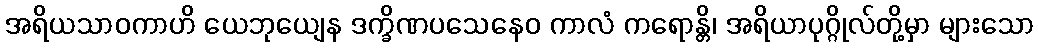
အရိယသာဝကာဟိ ယေဘုယျေန ဒက္ခိဏပသေနေဝ ကာလံ ကရောန္တိ၊ အရိယာပုဂ္ဂိုလ်တို့မှာ များသော